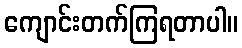
ကျောင်းတက်ကြရတာပါ။